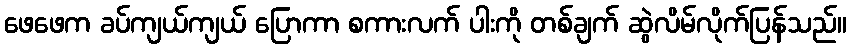
ဖေဖေက ခပ်ကျယ်ကျယ် ပြောကာ စကားလက် ပါးကို တစ်ချက် ဆွဲလိမ်လိုက်ပြန်သည်။